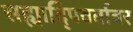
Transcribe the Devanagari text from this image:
सह्यादि्पवर्तावर